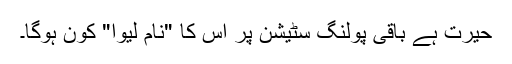
حیرت ہے باقی پولنگ سٹیشن پر اس کا "نام لیوا" کون ہوگا۔